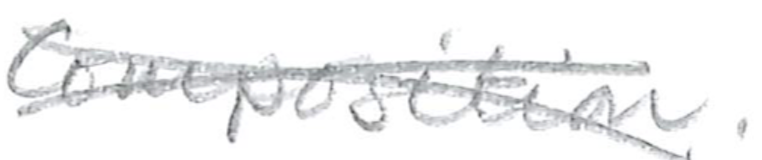
Text: Composition.
Cross-out: cross
Writing tool: pencil